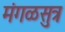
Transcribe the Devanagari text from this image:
मंगळसुत्र